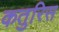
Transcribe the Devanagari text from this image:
कतुरिस